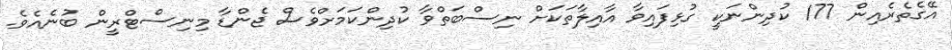
އޭގެތެރެއިން 177 ކުދިންނަކީ ގުޅިފައިވާ އާއިލާތަކަށް ނިސްބަތްވާ ކުދިންކަމަށްވެސް ޖެންޑާ މިނިސްޓްރީން ބުނެއެވެ.